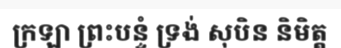
ក្រឡា ព្រះបន្ទំ ទ្រង់ សុបិន និមិត្ត